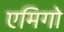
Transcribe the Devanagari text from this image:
एमिगो